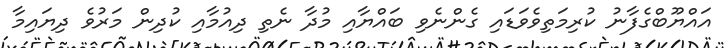
އައްޔޫބްގެފާނު ކުރިމަތިވެވަޑައި ގެންނެވި ބައްޔާއި މުދާ ނެތި ދިއުމާއި ކުދިން މަރުވެ ދިޔައިމާ